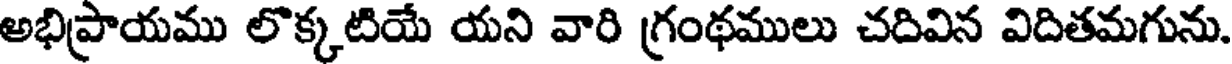
అభిప్రాయము లొక్కటియే యని వారి గ్రంథములు చదివిన విదితమగును.